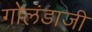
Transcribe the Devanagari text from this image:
गोलंडाजी